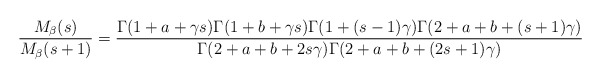
\begin{align*}\frac{M_{\beta}(s)}{M_{\beta}(s+1)} = \frac{\Gamma(1+a+\gamma s)\Gamma(1+b+\gamma s)\Gamma(1+(s-1)\gamma)\Gamma(2+a+b+(s+1)\gamma)}{\Gamma(2+a+b+2s\gamma)\Gamma(2+a+b+(2s+1)\gamma)}\end{align*}